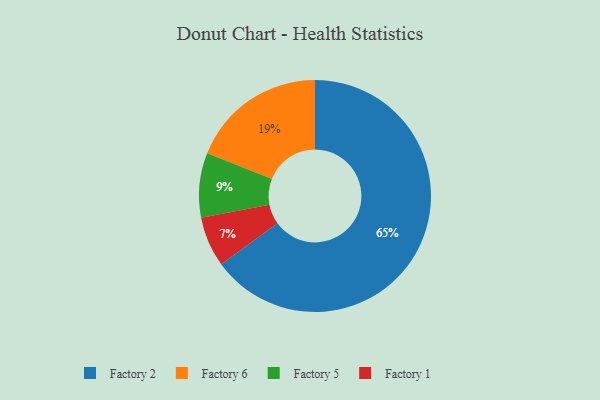
{"axis": {"x": "Category", "y": "Percentage"}, "legend": ["Factory 1", "Factory 2", "Factory 5", "Factory 6"], "data": [{"x": "Factory 6", "y": 19, "type": "Factory 6"}, {"x": "Factory 2", "y": 65, "type": "Factory 2"}, {"x": "Factory 1", "y": 7, "type": "Factory 1"}, {"x": "Factory 5", "y": 9, "type": "Factory 5"}]}